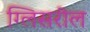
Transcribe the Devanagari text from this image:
ग्लिसरील